[Report on the health of British troops in the Madras command]
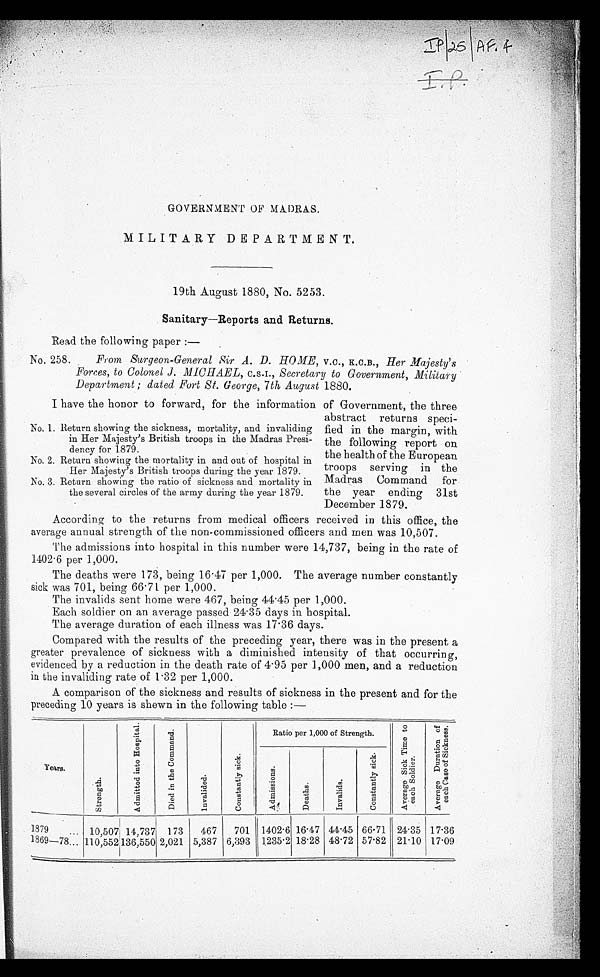
GOVERNMENT OF MADRAS.
MILITARY DEPARTMENT.
19th August 1880, No. 5253.
Sanitary—Reports and Returns.
Read the following paper :
—
No. 258. From Surgeon-General Sir A. D. HOME, v.c ., K.C.B., Her Majesty's
Forces, to Colonel J. MICHAEL, c.s.i ., Secretary to Government, Military
Department ; dated. Fort St. George, 7th August 1880.
I have the honor to forward, for the information of Government, the three
abstract returns speci
-fied in the margin, with
the following report on
the health of the European
troops serving in the
Madras Command for
the year ending 31st
December 1879.
According to the returns from medical officers received in this office, the
average annual strength of the non-commissioned officers and men was 10,507.
The admissions into hospital in this number were 14,737, being in the rate of
1402.6 per 1,000.
The deaths were 173, being 16.47 per 1,000. The average number constantly
sick was 701, being 66.71 per 1,000.
The invalids sent home were 467, being 44.45 per 1,000.
Each soldier on an average passed 24.35 days in hospital.
The average duration of each illness was 17.36 days.
Compared with the results of the preceding year, there was in the present a
greater prevalence of sickness with a diminished intensity of that occurring,
evidenced by a reduction in the death rate of 4.95 per 1,000 men, and a reduction
in the invaliding rate of 1.32 per 1,000.
A comparison of the sickness and results of sickness in the present and for the
preceding 10 years is shewn in the following table:—
Years.
S t r e n g t h .
A d m i t t e d i n t o H o s p i t a l .
D i e d i n t h e C o m m a n d .
I n v a l i d e d .
C o n s t a n t l y s i c k .
Ratio per 1,000 of Strength.
A v e r a g e S i c k T i m e t o e a c h S o l d i e r .
A v e r a g e D u r a t i o n o f e a c h C a s e o f S i c k n e s s .
A d m i s s i o n s .
D e a t h s .
I n v a l i d s .
C o n s t a n t l y s i c k .
1879 . . .
10,507 14,737 173
467
701 1402.6 16.47 44.45 66.71 24.35 17.36
1869—78 . . .
1 1 0 , 5 5 2
136,550 2,021 5,387 6,393 1235.2 18.28 48.72 57.82 21.10 17.09
No. 1. Return showing the sickness, mortality, and invaliding
in Her Majesty's British troops in the Madras Presi-
dency for 1879.
No. 2. Return showing the mortality in and out of hospital in
Her Majesty's British troops during the year 1879.
No. 3. Return showing the ratio of sickness and mortality in
the several circles of the army during the year 1879.